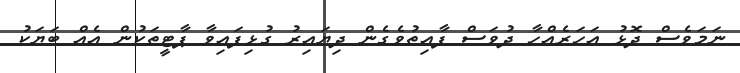
ނަމަވެސް ދޮޅު އަހަރެއްހާ ދުވަސް ފާއިތުވެގެން ދިޔައިރު ގުޅިފައިވާ ޕާޓީތަކުން އެއް ބަޔަކު